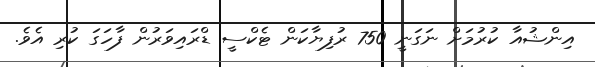
އިންޝުއާ ކުރުމަށް ނަގަނީ 750 ރުފިޔާކަން ޓެކްސީ ޑްރައިވަރުން ފާހަގަ ކުރި އެވެ.